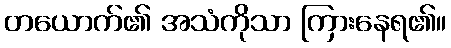
တယောက်၏ အသံကိုသာ ကြားနေရ၏။